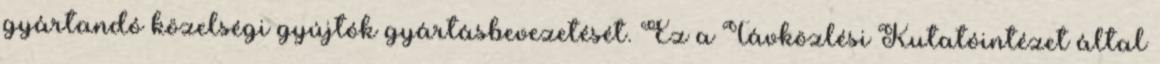
gyártandó közelségi gyújtók gyártásbevezetését. Ez a Távközlési Kutatóintézet által